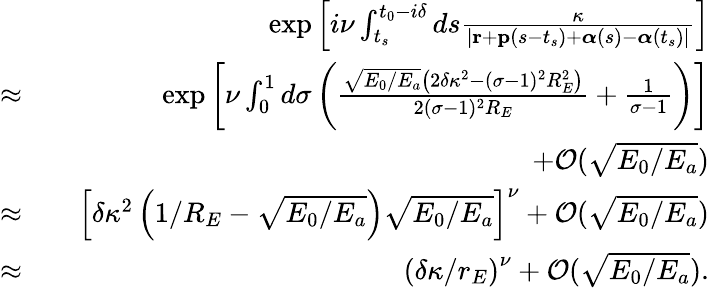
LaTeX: \begin{array}{rlr}&{}&{\exp\left[i\nu\int_{t_{s}}^{t_{0}-i\delta}ds\frac{\kappa}{|\mathbf{r}+\mathbf{p}(s-t_{s})+\boldsymbol{\alpha}(s)-\boldsymbol{\alpha}(t_{s})|}\right]}\\ {\approx}&{}&{\exp\left[\nu\int_{0}^{1}d\sigma\left(\frac{\sqrt{E_{0}/E_{a}}\left(2\delta\kappa^{2}-(\sigma-1)^{2}R_{E}^{2}\right)}{2(\sigma-1)^{2}R_{E}}+\frac{1}{\sigma-1}\right)\right]}\\ &{}&{+{\cal O}(\sqrt{E_{0}/E_{a}})}\\ {\approx}&{}&{\left[\delta\kappa^{2}\left(1/R_{E}-\sqrt{E_{0}/E_{a}}\right)\sqrt{E_{0}/E_{a}}\right]^{\nu}+{\cal O}(\sqrt{E_{0}/E_{a}})}\\ {\approx}&{}&{\left(\delta\kappa/r_{E}\right)^{\nu}+{\cal O}(\sqrt{E_{0}/E_{a}}).}\end{array}